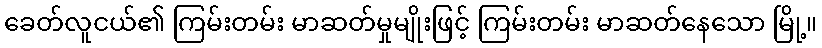
ခေတ်လူငယ်၏ ကြမ်းတမ်း မာဆတ်မှုမျိုးဖြင့် ကြမ်းတမ်း မာဆတ်နေသော မြို့။